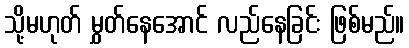
သို့မဟုတ် မွှတ်နေအောင် လည်နေခြင်း ဖြစ်မည်။